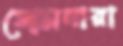
জোসনারা